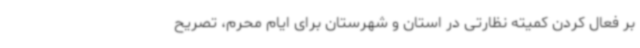
بر فعال کردن کمیته نظارتی در استان و شهرستان برای ایام محرم، تصریح